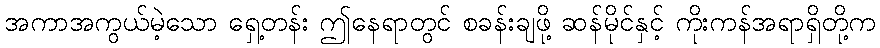
အကာအကွယ်မဲ့သော ရှေ့တန်း ဤနေရာတွင် စခန်းချဖို့ ဆန်မိုင်နှင့် ကိုးကန်အရာရှိတို့က